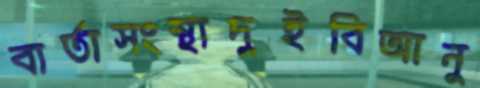
বার্তাসংস্থাদুইবিআনু